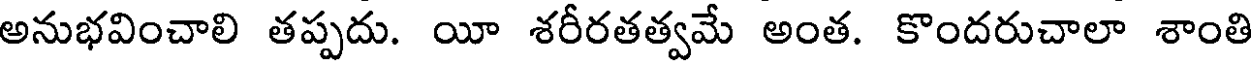
అనుభవించాలి తప్పదు. యీ శరీరతత్వమే అంత. కొందరుచాలా శాంతి